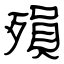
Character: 殞